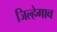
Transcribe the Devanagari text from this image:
जिल्हेगाव